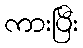
ကားပြီး